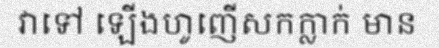
វាទៅ ឡើងហូញើសកក្លាក់ មាន